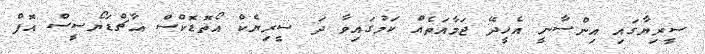
ސީރިޔާގައި އިންސާނީ އެހީދޭ ޖަމާއަތެއް ކަމުގައިވާ ދަ ސީރިޔެކް އޯތޮޑޮކްސް އާޗްޑަޔޯސީސް އޮފް